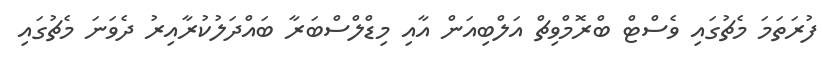
ފުރަތަމަ މެޗުގައި ވެސްޓް ބްރޮމްވިޗް އަލްބިއަން އާއި މިޑްލްސްބަރާ ބައްދަލުކުރާއިރު ދެވަނަ މެޗުގައި